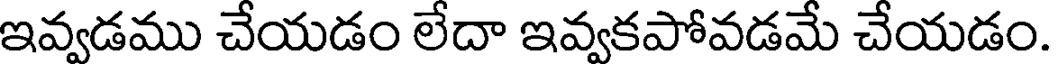
ఇవ్వడము చేయడం లేదా ఇవ్వకపోవడమే చేయడం